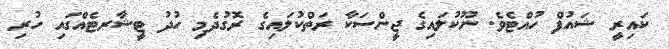
ކައިރީ ޝައުފް ހުއްޓެވެ. ނޫކުލައިގެ ޖީންސަކާ ރަތްކުލައިގެ ރޮގުދެމި ހުދު ޓީޝާރޓެއްގައި ހުރި